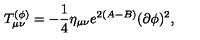
T _ { \mu \nu } ^ { ( \phi ) } = - { \frac { 1 } { 4 } } \eta _ { \mu \nu } e ^ { 2 ( A - B ) } ( \partial \phi ) ^ { 2 } ,